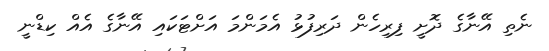
ނެތި އޭނާގެ ދޮށީ ފިރިހެން ދަރިފުޅު އެމަންމަ އަށްޓަކައި އޭނާގެ އެއް ކިޑްނީ